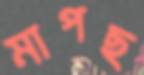
মাপছ